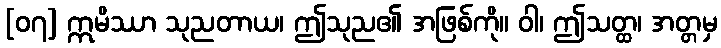
[၀၇] ဣမိဿာ သုညတာယ၊ ဤသုည၏ အဖြစ်ကို။ ဝါ၊ ဤသတ္ထ၊ အတ္တမှ